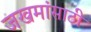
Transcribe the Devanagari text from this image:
जखमांसाठी